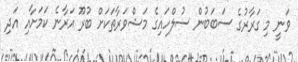
ވަނީ މި ގަރާރުގެ ސަބަބުން ސުލްހައިގެ މަޝްވަރާތަކަށް ބުރޫ އަރާނެ ކަމަށާއި އަދި